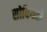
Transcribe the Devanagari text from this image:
सोवियतो